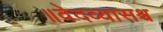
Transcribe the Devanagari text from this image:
॥वेदव्यासश्च